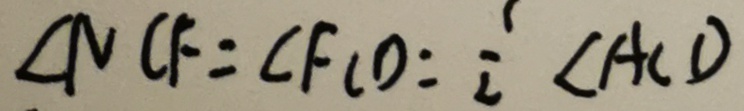
\angle N C F = \angle F C D = \frac { 1 } { 2 } \angle A C D